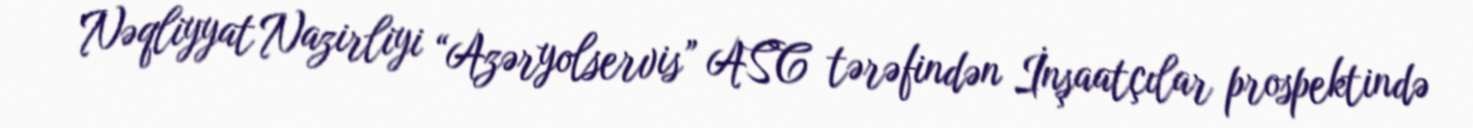
Nəqliyyat Nazirliyi “Azəryolservis” ASC tərəfindən İnşaatçılar prospektində